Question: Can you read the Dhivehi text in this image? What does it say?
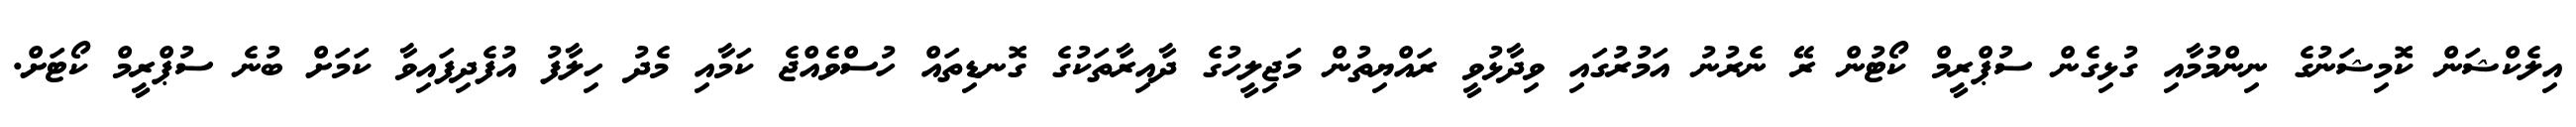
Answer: އިލެކްޝަން ކޮމިޝަނުގެ ނިންމުމާއި ގުޅިގެން ސުޕްރީމް ކޯޓުން ރޭ ނެރުނު އަމުރުގައި ވިދާޅުވީ ރައްޔިތުން މަޖިލީހުގެ ދާއިރާތަކުގެ ގޮނޑިތައް ހުސްވެއްޖެ ކަމާއި މެދު ހިލާފު އުފެދިފައިވާ ކަމަށް ބުނެ ސުޕްރީމް ކޯޓަށް.